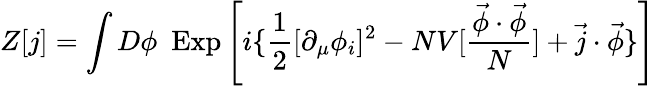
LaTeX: Z[j]=\int D\phi~~\mathrm{Exp}\left[i\{ \frac{1}{2}[\partial_{\mu}\phi_{i}]^{2}-NV[\frac{\vec{\phi}\cdot\vec{\phi}}{N}]+\vec{j}\cdot\vec{\phi}\} \right]